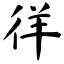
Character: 徉